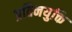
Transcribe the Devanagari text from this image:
प्रतिनयुक्ति